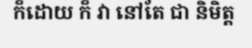
ក៏ដោយ ក៏ វា នៅតែ ជា និមិត្ត